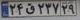
۲۴ق۲۳۷۲۹